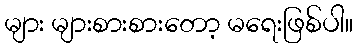
များ များစားစားတော့ မရေးဖြစ်ပါ။